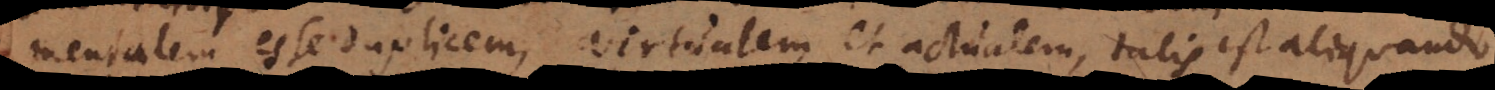
mentalem esse duplicem, virtualem et actualem; talis est aliquando